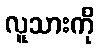
လူသားကို